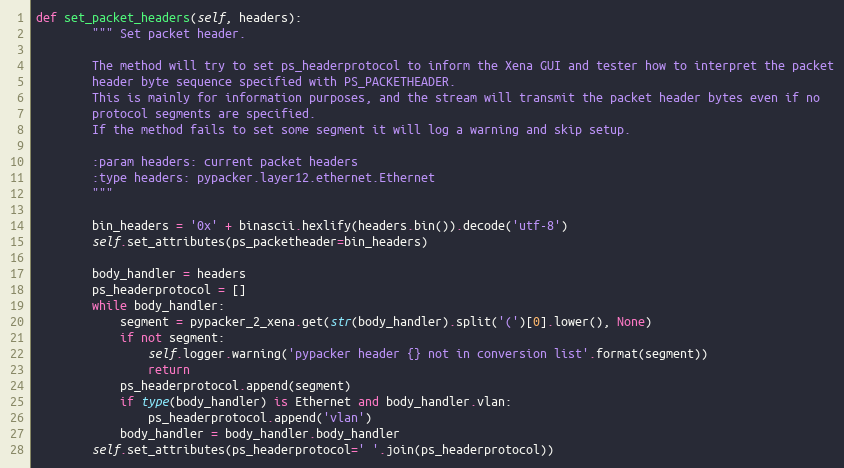
Language: Python
def set_packet_headers(self, headers):
        """ Set packet header.

        The method will try to set ps_headerprotocol to inform the Xena GUI and tester how to interpret the packet
        header byte sequence specified with PS_PACKETHEADER.
        This is mainly for information purposes, and the stream will transmit the packet header bytes even if no
        protocol segments are specified.
        If the method fails to set some segment it will log a warning and skip setup.

        :param headers: current packet headers
        :type headers: pypacker.layer12.ethernet.Ethernet
        """

        bin_headers = '0x' + binascii.hexlify(headers.bin()).decode('utf-8')
        self.set_attributes(ps_packetheader=bin_headers)

        body_handler = headers
        ps_headerprotocol = []
        while body_handler:
            segment = pypacker_2_xena.get(str(body_handler).split('(')[0].lower(), None)
            if not segment:
                self.logger.warning('pypacker header {} not in conversion list'.format(segment))
                return
            ps_headerprotocol.append(segment)
            if type(body_handler) is Ethernet and body_handler.vlan:
                ps_headerprotocol.append('vlan')
            body_handler = body_handler.body_handler
        self.set_attributes(ps_headerprotocol=' '.join(ps_headerprotocol))